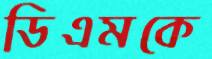
ডিএমকে